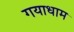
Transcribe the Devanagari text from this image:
गयाधाम